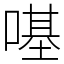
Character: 𠼻